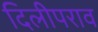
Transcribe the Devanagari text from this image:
दिलीपराव